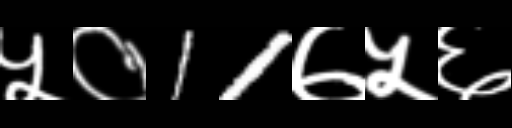
Text: ५०11७५६